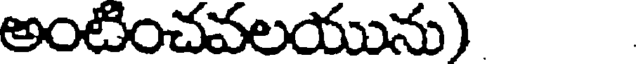
అంటించవలయును)